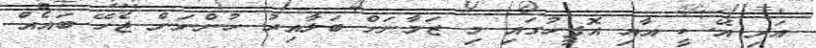
އަދި އޭސީ އާއި އޮފީހުގައި މި ޒަމާނަށް ބަލާއިރު ހުންނަން ޖެހޭ ބައެއް